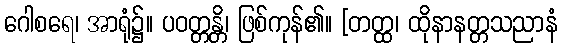
ဂေါစရေ၊ အာရုံ၌။ ပဝတ္တန္တိ၊ ဖြစ်ကုန်၏။ [တတ္ထ၊ ထိုနာနတ္တသညာနံ